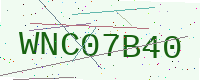
Text: WNC07B40